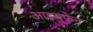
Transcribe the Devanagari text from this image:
आइबुफेन